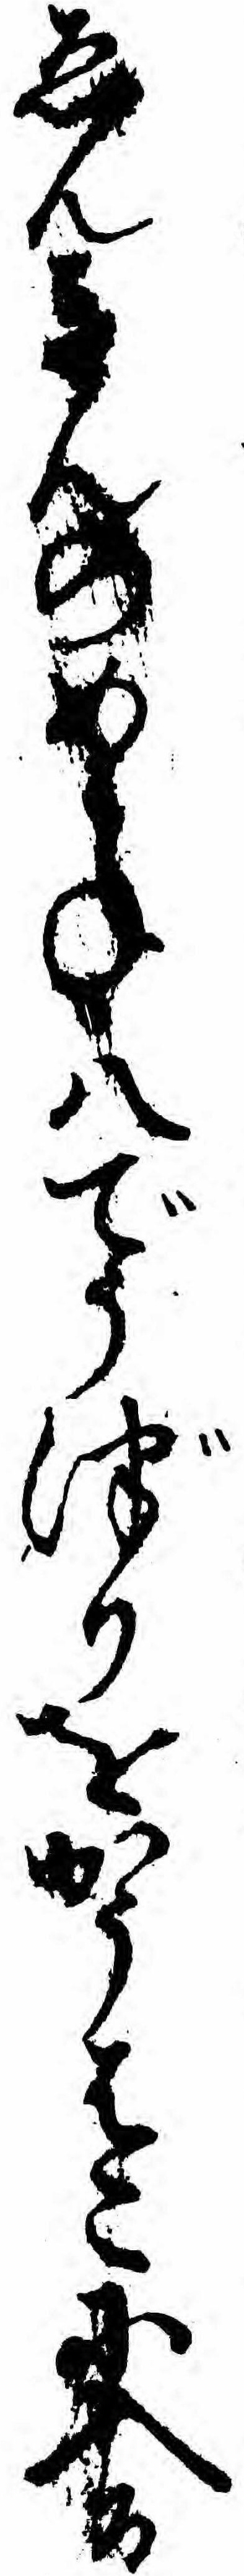
ゑんきんのめかね八でうづりをかうはこに入る